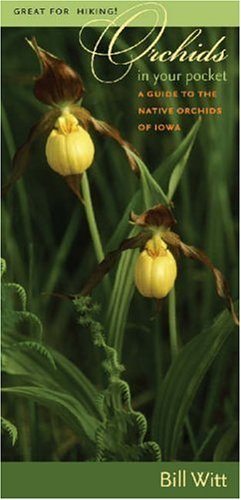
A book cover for Orchids in Your Pocket: A Guide to the Native Orchids of Iowa (10-pack) (Bur Oak Guide); Travel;